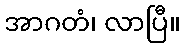
အာဂတံ၊ လာပြီ။